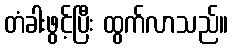
တံခါးဖွင့်ပြီး ထွက်လာသည်။